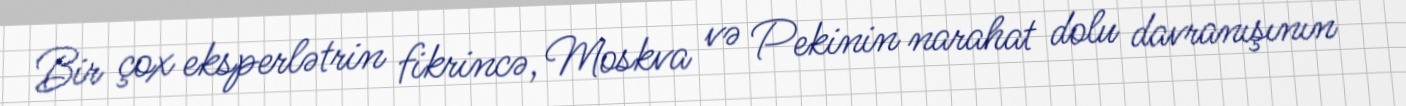
Bir çox eksperlətrin fikrincə, Moskva və Pekinin narahat dolu davranışının